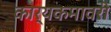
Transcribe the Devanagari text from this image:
कार्यकमावरी